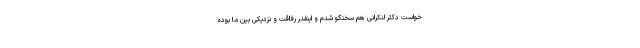
خواست دکتر لنکرانی هم سخنگو شدم و اینقدر رفاقت و نزدیکی بین ما بوده